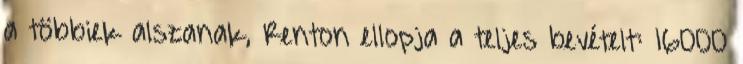
a többiek alszanak, Renton ellopja a teljes bevételt: 16000